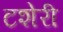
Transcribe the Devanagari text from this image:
टशेरी